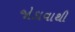
જોડાવાથી